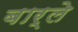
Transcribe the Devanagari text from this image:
बार्ले